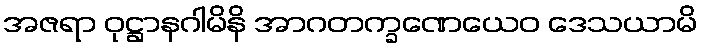
အဇရာ ဝုဋ္ဌာနဂါမိနိ အာဂတက္ခဏေယေဝ ဒေသယာမိ